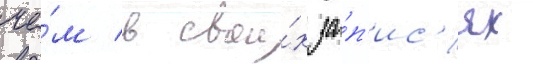
че́м в свои́х за́п'ис'ях